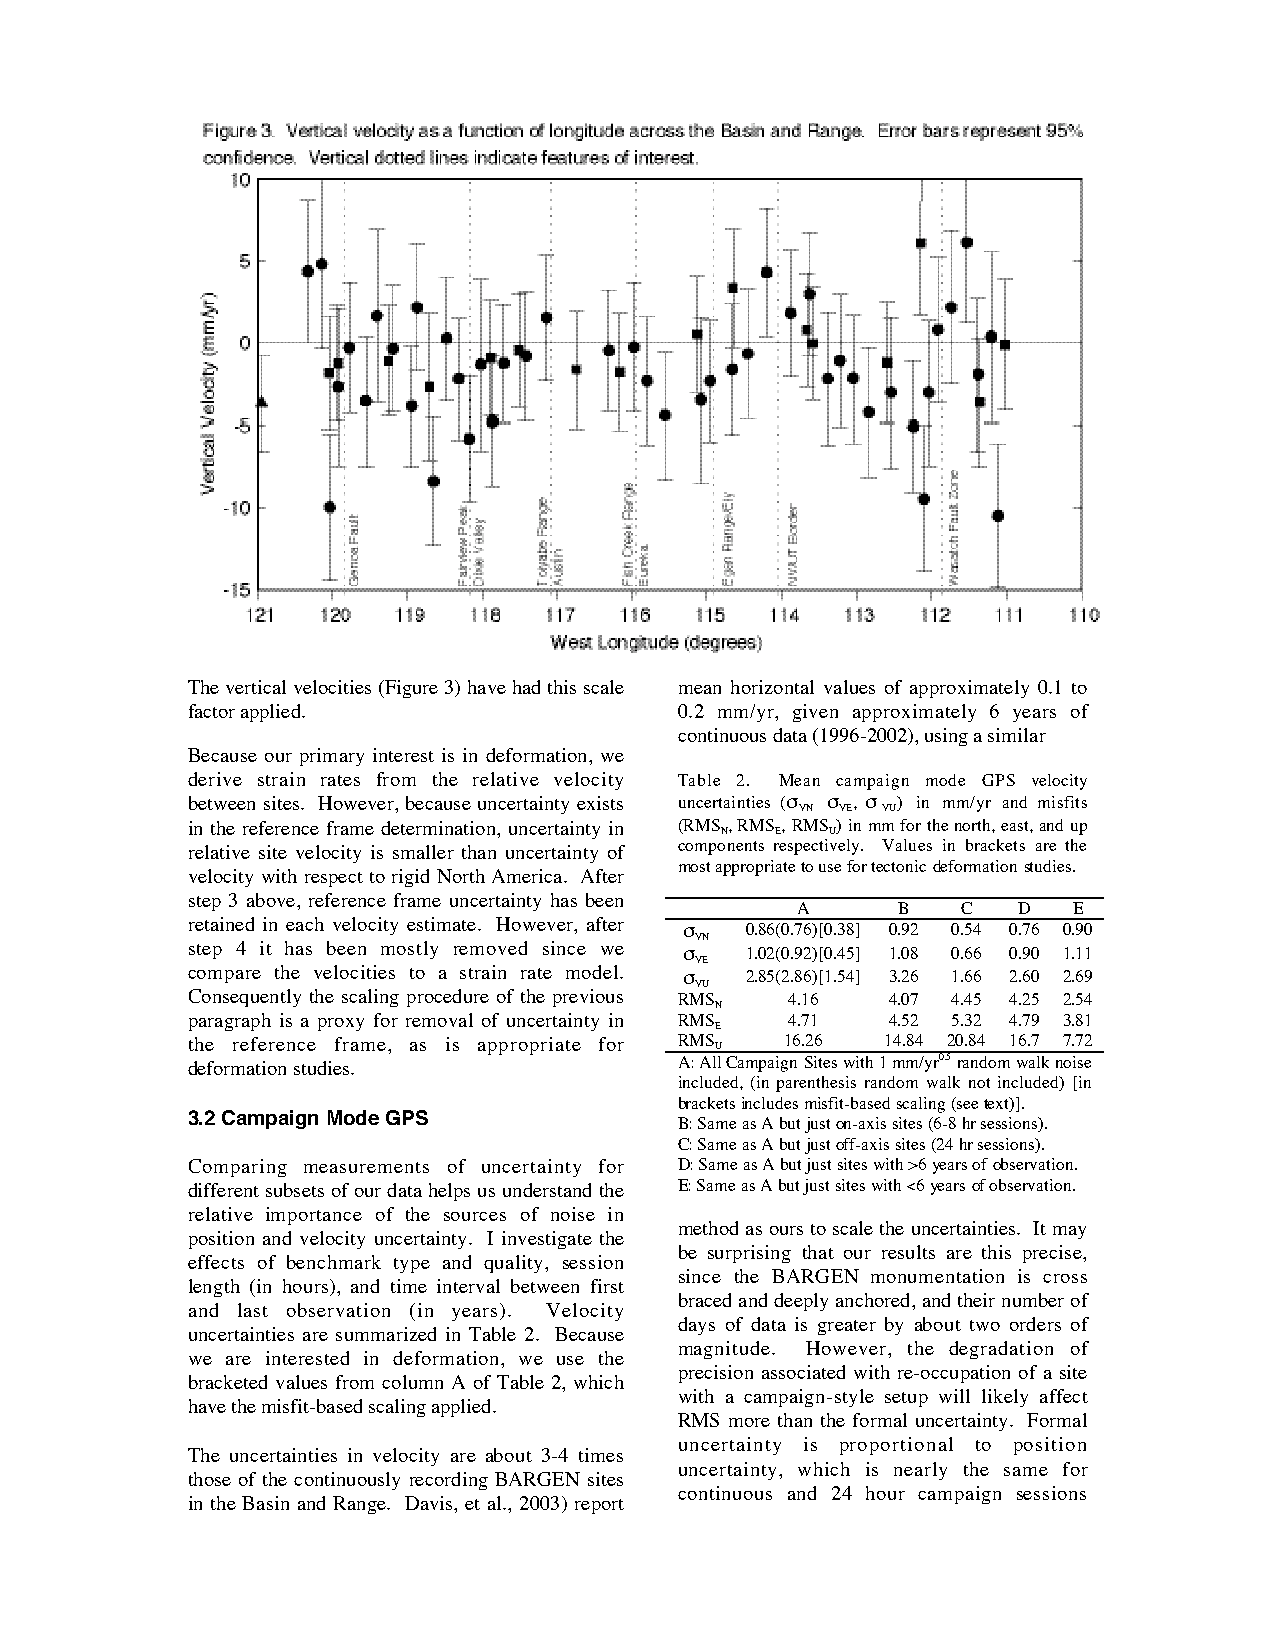
The vertical velocities (Figure 3) have had this scale mean horizontal values of approximately 0.1 to
 factor applied.                  0.2 mm/yr, given approximately 6 years of
 continuous data (1996-2002), using a similar
 Because our primary interest is in deformation, we
 derive strain rates from the relative velocity Table 2. Mean campaign mode GPS velocity
 between sites. However, because uncertainty exists uncertainties (σ σ , σ ) in mm/yr and misfits
 VN VE VU
 in the reference frame determination, uncertainty in (RMS , RMS, RMS ) in mm for the north, east, and up
 N  E   U
 relative site velocity is smaller than uncertainty of components respectively. Values in brackets are the
 most appropriate to use for tectonic deformation studies.
 velocity with respect to rigid North America. After
 step 3 above, reference frame uncertainty has been
 A     B    C  D   E
 retained in each velocity estimate. However, after σ 0.86(0.76)[0.38] 0.92 0.54 0.76 0.90
 VN
 step 4 it has been mostly removed since we σ 1.02(0.92)[0.45] 1.08 0.66 0.90 1.11
 VE
 compare the velocities to a strain rate model. σ 2.85(2.86)[1.54] 3.26 1.66 2.60 2.69
 VU
 Consequently the scaling procedure of the previous RMS 4.16 4.07 4.45 4.25 2.54
 N
 paragraph is a proxy for removal of uncertainty in RMS 4.71 4.52 5.32 4.79 3.81
 E
 the reference frame, as is appropriate for RMS U 16.26 14.84 20.84 16.7 7.72
 deformation studies.             A: All Campaign Sites with 1 mm/yr0.5 random walk noise
 included, (in parenthesis random walk not included) [in
 brackets includes misfit-based scaling (see text)].
 3.2 Campaign Mode GPS
 B: Same as A but just on-axis sites (6-8 hr sessions).
 C: Same as A but just off-axis sites (24 hr sessions).
 Comparing measurements of uncertainty for D: Same as A but just sites with >6 years of observation.
 different subsets of our data helps us understand the E: Same as A but just sites with <6 years of observation.
 relative importance of the sources of noise in
 method as ours to scale the uncertainties. It may
 position and velocity uncertainty. I investigate the
 be surprising that our results are this precise,
 effects of benchmark type and quality, session
 since the BARGEN monumentation is cross
 length (in hours), and time interval between first
 braced and deeply anchored, and their number of
 and last observation (in years). Velocity
 days of data is greater by about two orders of
 uncertainties are summarized in Table 2. Because
 magnitude. However, the degradation of
 we are interested in deformation, we use the
 precision associated with re-occupation of a site
 bracketed values from column A of Table 2, which
 with a campaign-style setup will likely affect
 have the misfit-based scaling applied.
 RMS more than the formal uncertainty. Formal
 uncertainty is proportional to position
 The uncertainties in velocity are about 3-4 times
 uncertainty, which is nearly the same for
 those of the continuously recording BARGEN sites
 continuous and 24 hour campaign sessions
 in the Basin and Range. Davis, et al., 2003) report